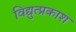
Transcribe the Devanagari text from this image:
विद्युत्प्रकाश